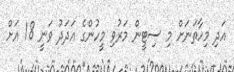
އަދި މިހާތަނަށް މި ސިޓީން މަރުވި މީހުންގެ އަދަދު ވަނީ 18 އަށް